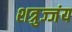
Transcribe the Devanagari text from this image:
शत्रुज्जंय